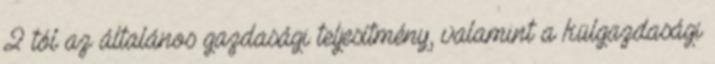
2 tól az általános gazdasági teljesítmény, valamint a külgazdasági